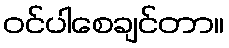
ဝင်ပါစေချင်တာ။